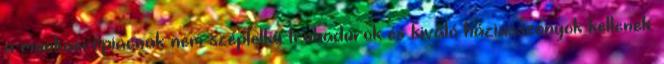
a munkaerőpiacnak nem széplelkű trubadúrok és kiváló háziasszonyok kellenek.